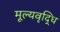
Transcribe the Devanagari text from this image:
मूल्‍यवृद्धि